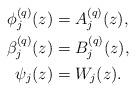
LaTeX: \begin{align*}\phi_{j}^{(q)}(z) & =A_{j}^{(q)}(z),\\\beta_{j}^{(q)}(z) & =B_{j}^{(q)}(z),\\\psi_{j}(z) & = W_{j}(z).\end{align*}